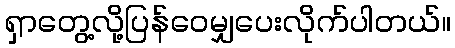
ရှာတွေ့လို့ပြန်ဝေမျှပေးလိုက်ပါတယ်။